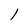
Character: l